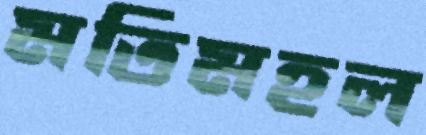
মতিমহল